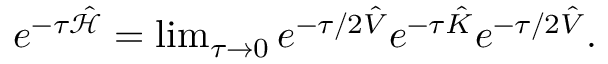
\begin{array} { r } { e ^ { - \tau \hat { \mathcal { H } } } = \operatorname* { l i m } _ { \tau \rightarrow 0 } e ^ { - \tau / 2 \hat { V } } e ^ { - \tau \hat { K } } e ^ { - \tau / 2 \hat { V } } . } \end{array}